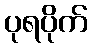
ပုရပိုက်